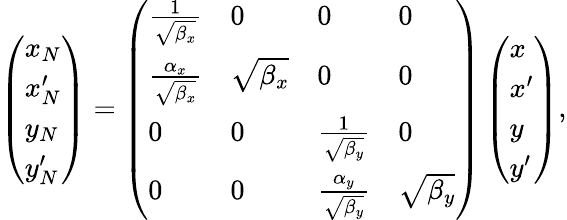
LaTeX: \left(\begin{array}{l}{x_{N}}\\ {x_{N}^{\prime}}\\ {y_{N}}\\ {y_{N}^{\prime}}\end{array}\right)=\left(\begin{array}{llll}{\frac{1}{\sqrt{\beta_{x}}}}&{0}&{0}&{0}\\ {\frac{\alpha_{x}}{\sqrt{\beta_{x}}}}&{\sqrt{\beta_{x}}}&{0}&{0}\\ {0}&{0}&{\frac{1}{\sqrt{\beta_{y}}}}&{0}\\ {0}&{0}&{\frac{\alpha_{y}}{\sqrt{\beta_{y}}}}&{\sqrt{\beta_{y}}}\end{array}\right)\left(\begin{array}{l}{x}\\ {x^{\prime}}\\ {y}\\ {y^{\prime}}\end{array}\right),